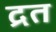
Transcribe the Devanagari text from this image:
द्रत